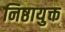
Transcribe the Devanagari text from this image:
निष्ठायुक्त